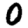
Digit: 0